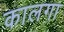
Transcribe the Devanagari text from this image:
कालगा